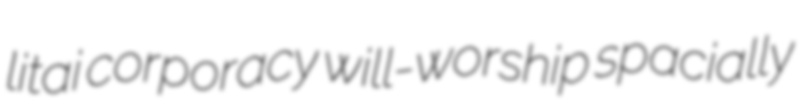
litai corporacy will-worship spacially